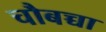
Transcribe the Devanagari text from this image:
चौबच्चा